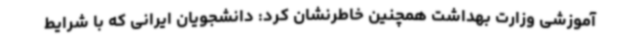
آموزشی وزارت بهداشت همچنین خاطرنشان کرد: دانشجویان ایرانی که با شرایط